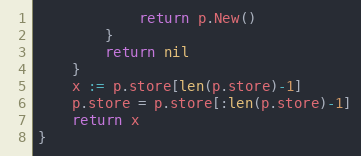
Language: Go
			return p.New()
		}
		return nil
	}
	x := p.store[len(p.store)-1]
	p.store = p.store[:len(p.store)-1]
	return x
}